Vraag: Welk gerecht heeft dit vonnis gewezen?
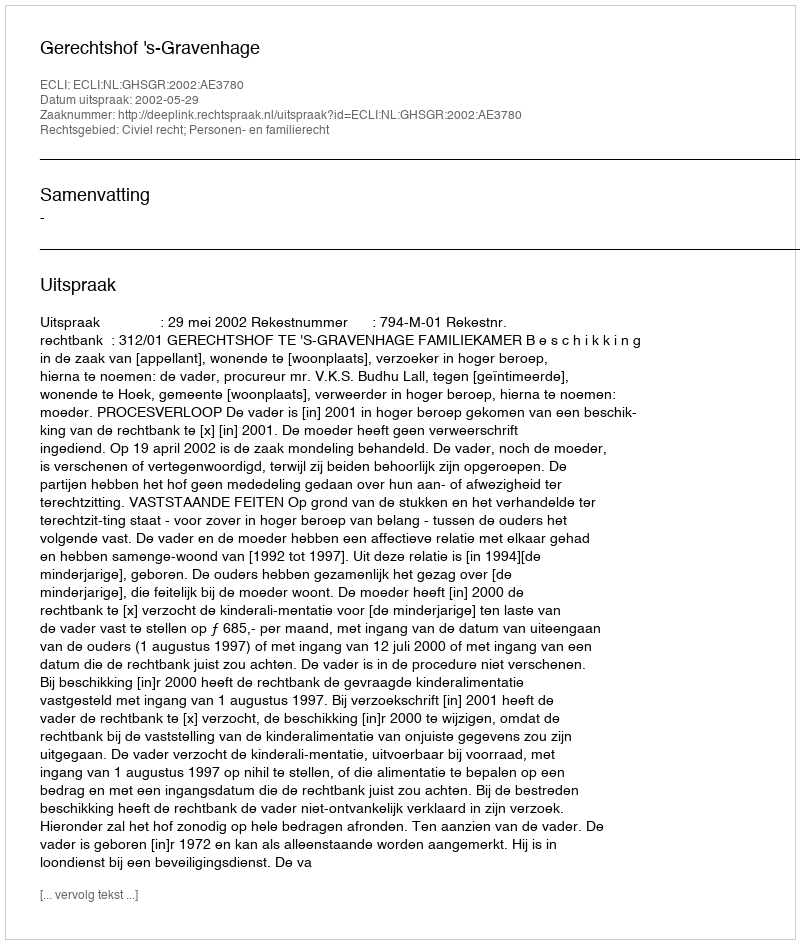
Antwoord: Gerechtshof 's-Gravenhage